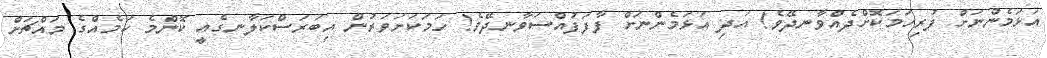
އަޅަމެންނަށް ފުރިހަމަކޮށްދެއްވާނދޭވެ! އަދި އަޅަމެންނަށް ފާފަފުއްސަވާނދޭވެ! ހަމަކަށަވަރުން އިބަރަސްކަލާނގެއީ ކޮންމެ ކަމެއްގެ މައްޗަށް